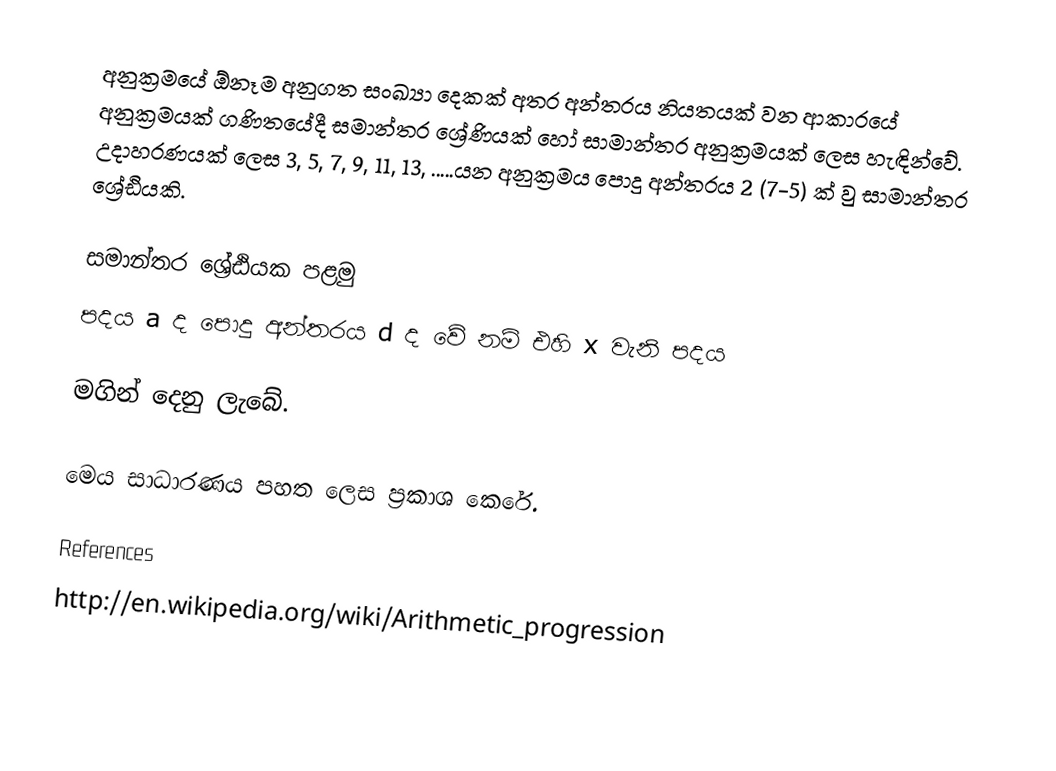
අනුක්‍රමයේ ඕනෑම අනුගත සංඛ්‍යා දෙකක් අතර අන්තරය නියතයක් වන ආකාරයේ අනුක්‍රමයක් ගණිතයේදී සමාන්තර ශ්‍රේණියක් හෝ සාමාන්තර අනුක්‍රමයක් ලෙස හැඳින්වේ. උදාහරණයක් ලෙස 3, 5, 7, 9, 11, 13, .....යන අනුක්‍රමය පොදු අන්තරය  2 (7-5) ක් වු සාමාන්තර ශ්‍රේඪියකි.

සමාන්තර ශ්‍රේඪියක පළමු
පදය a  ද පොදු අන්තරය d  ද වේ නම් එහි x වැනි පදය

මගින් දෙනු ලැබේ.

මෙය සාධාරණය පහත ලෙස ප්‍රකාශ කෙරේ.

References
http://en.wikipedia.org/wiki/Arithmetic_progression